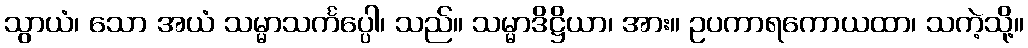
သွာယံ၊ သော အယံ သမ္မာသင်္ကပ္ပေါ၊ သည်။ သမ္မာဒိဋ္ဌိယာ၊ အား။ ဥပကာရကောယထာ၊ သကဲ့သို့။